Document type: Sale
Year: 1305
Scribe: Bernat de Vilarúbia
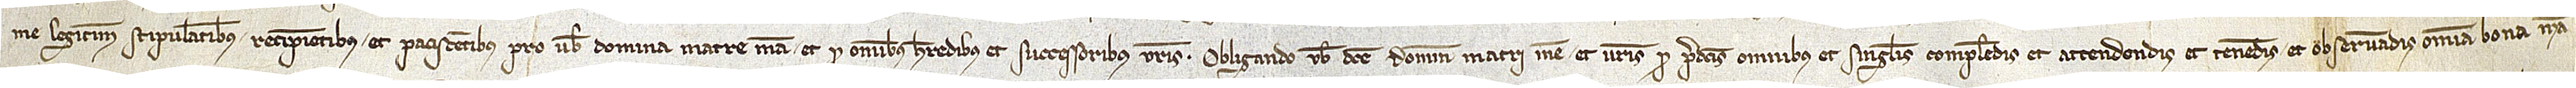
me legitime stipulantibus, recipientibus et paciscentibus pro vobis domina matre mea et pro omnibus heredibus et successoribus vestris. Obligando vobis dicte domine matri mee et vestris pro predictis omnibus et singulis complendis et attendendis et tenendis et observandis omnia bona mea